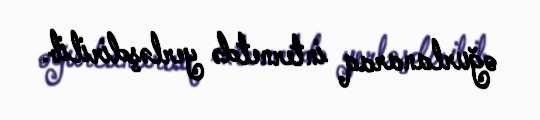
oğurlanaraq internetdə yerləşdirilib.